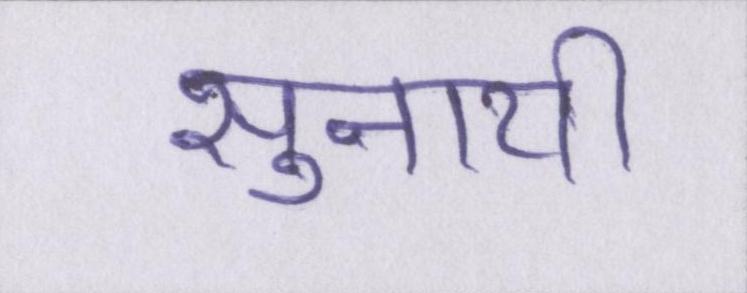
सुनायी